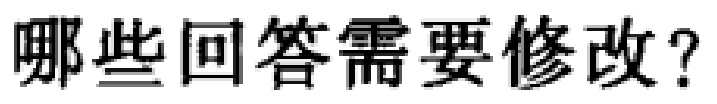
哪些回答需要修改？